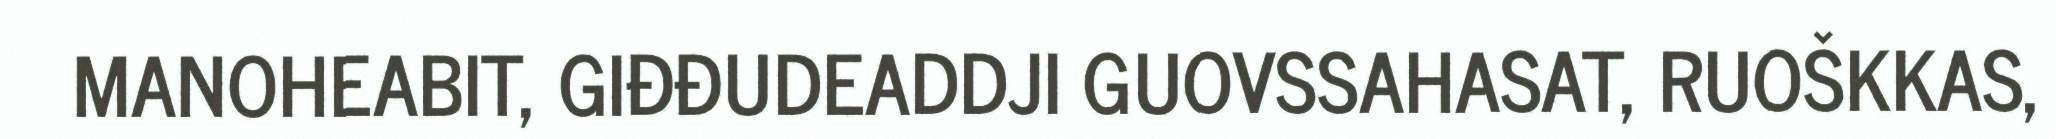
MANOHEABIT, GIĐĐUDEADDJI GUOVSSAHASAT, RUOŠKKAS,